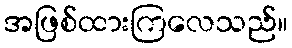
အဖြစ်ထားကြလေသည်။